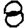
Digit: 8